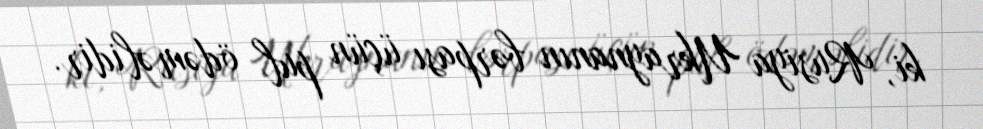
ki, Rusiya Ukraynanın bərpası üçün pul ödəməlidir.